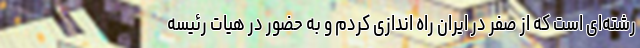
رشته‌ای است که از صفر در ایران راه اندازی کردم و به حضور در هیات رئیسه